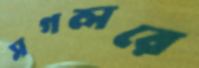
সগলরে